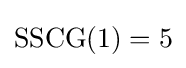
{\text{SSCG}}(1)=5